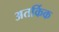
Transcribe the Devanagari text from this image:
अतर्किक